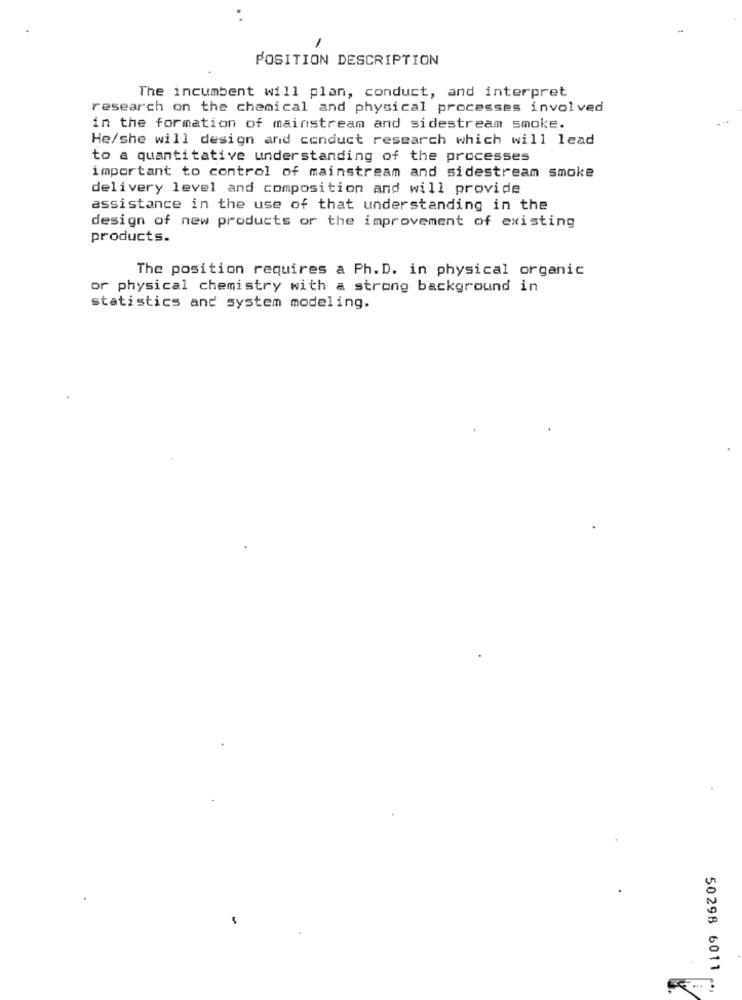
1
POSITION DESCRIPTION
The incumbent will plan, conduct, and interpret
research on the chemical and physical processes involved
in the formation of mainstream and sidestream smoke.
He/she will design and conduct research which will lead
to a quantitative understanding of the processes
important to control of mainstream and sidestream smoke
delivery level and composition and will provide
assistance in the use of that understanding in the
design of new products or the improvement of existing
products.
The position requires a Ph. D. in physical organic
or physical chemistry with a strong background in
statistics and system modeling.
50298 6011